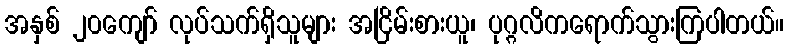
အနှစ် ၂၀ကျော် လုပ်သက်ရှိသူများ အငြိမ်းစားယူ၊ ပုဂ္ဂလိကရောက်သွားကြပါတယ်။